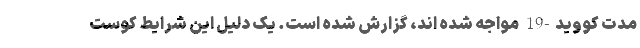
مدت کووید-19 مواجه شده اند، گزارش شده است. یک دلیل این شرایط کوست